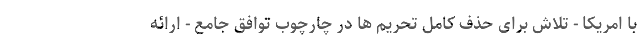
با امریکا - تلاش برای حذف کامل تحریم ها در چارچوب توافق جامع - ارائه